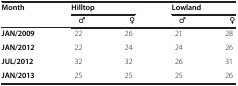
| <ROWSPAN=2> Month | <COLSPAN=2> Hilltop | <COLSPAN=2> Lowland |
 | ♂ | ♀ | ♂ | ♀ |
 | --- | --- | --- | --- | --- |
 | JAN/2009 | 22 | 26 | 21 | 28 |
 | JAN/2012 | 22 | 24 | 24 | 26 |
 | JUL/2012 | 32 | 32 | 26 | 31 |
 | JAN/2013 | 25 | 25 | 25 | 26 |